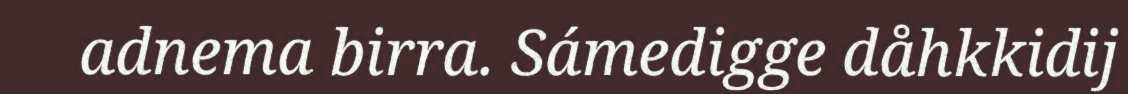
adnema birra. Sámedigge dåhkkidij